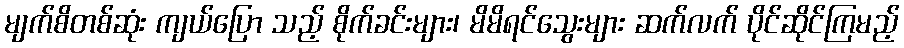
မျက်စိတစ်ဆုံး ကျယ်ပြော သည့် စိုက်ခင်းများ၊ မိမိရင်သွေးများ ဆက်လက် ပိုင်ဆိုင်ကြမည့်